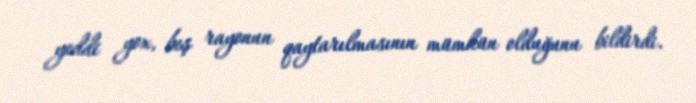
yeddi yox, beş rayonun qaytarılmasının mümkün olduğunu bildirdi.